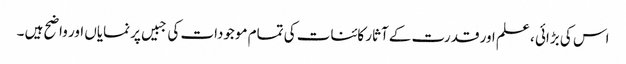
اس کی بڑائی ، علم اور قدرت کے آثار کائنات کی تمام موجودات کی جبیں پر نمایاں اور واضح ہیں ۔